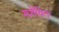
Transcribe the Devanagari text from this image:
सशेधित